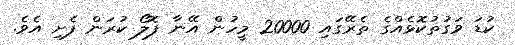
ކުޑަ ވަގުތުކޮޅެއްގެ ތެރޭގައި 20000 މީހުން އޭނާ ފޮލޯ ކުރަން ފެށި އެވެ.